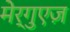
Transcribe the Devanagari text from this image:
मेर्गुएज़